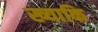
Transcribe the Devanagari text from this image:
ख्याकि